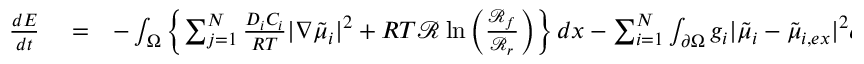
\begin{array} { r l r } { \frac { d E } { d t } } & { { } = } & { - \int _ { \Omega } \left\{ \sum _ { j = 1 } ^ { N } \frac { D _ { i } C _ { i } } { R T } | \nabla \tilde { \mu } _ { i } | ^ { 2 } + R T \mathcal { R } \ln \left( \frac { \mathcal { R } _ { f } } { \mathcal { R } _ { r } } \right) \right\} d x - \sum _ { i = 1 } ^ { N } \int _ { \partial \Omega } g _ { i } | \tilde { \mu } _ { i } - \tilde { \mu } _ { i , e x } | ^ { 2 } d S } \end{array}